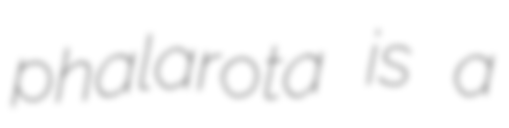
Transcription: phalarota is a